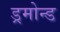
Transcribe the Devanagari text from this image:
ड्रमोन्ड